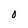
Character: O